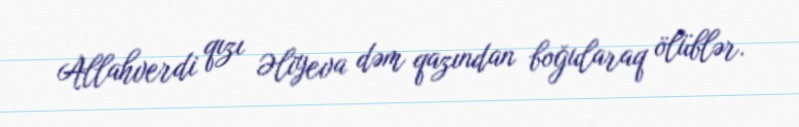
Allahverdi qızı Əliyeva dəm qazından boğularaq ölüblər.